Annual report on the working of the mental hospitals in the Madras Presidency - 1912-1932
Year: 1912
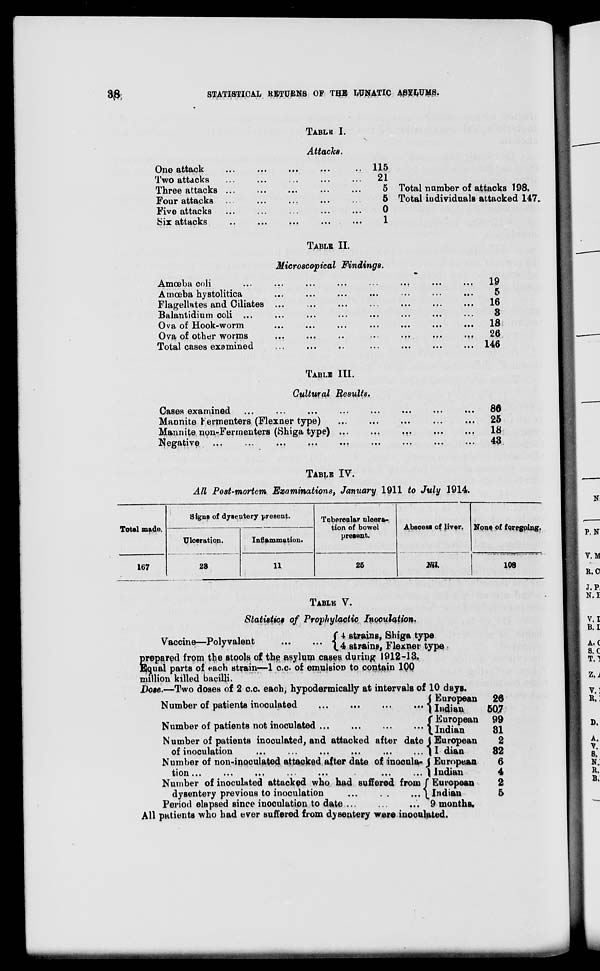
38
STATISTICAL RETURNS OF THE LUNATIC ASYLUMS
TABLE I.
Attacks.
One attack ... ... ... ... ...
Two attacks ... ... ... ... ...
Three attacks ... ... ... ... ...
Four attacks ... ... ... ... ...
Five attacks ... ... ... ... ...
Six attacks ... ... ... ... ...
115
21
5
5
0
1
Total number of attacks 198.
Total individuals attacked 147.
TABLE II.
Microscopical Findings.
Amœba coli
...
...
...
...
...
...
...
...
Amœba hystolitica ... ... ... ... ... ... ... ...
Flagellates and Ciliates ... ... ... ... ... ... ... ...
Balantidium coli ... ... ... ... ... ... ... ...
Ova of Hook-worm ... ... ... ... ... ... ... ...
Ova of other worms ... ... ... ... ... ... ... ...
Total cases examined ... ... ... ... ... ... ... ...
19
5
16
3
18
26
146
TABLE III.
Cultural Results.
Cases examined ...
...
...
...
...
...
...
...
Mannite Fermenters (Flexner type) ... ... ... ... ... ... ...
Mannite non-Fermenters (Shiga type) ... ... ... ... ...
Negative ...
...
...
...
...
...
...
...
...
86
25
18
43
TABLE IV.
All Post-mortem, Examinations, January 1911 to July 1914.
Total made.
167
Signs of dysentery present.
Ulceration.
23
Inflammation.
11
Tubercular ulcera-
tion of bowel
present.
25
Abscess of liver.
Nil.
None of foregoing
108
TABLE V.
Statistics of Prophylactic Inoculation.
Vaccine—Polyvalent
...
...
4 strains, Shiga type
4 strains, Flexner type
p repared from the stools of the asylum cases during 1912-13.
Equal parts of each strain—1 c.c. of emulsion to contain 100
million killed bacilli.
Dose.—Two doses of 2 c.c. each, hypodermically at intervals of 10 days.
Number of patients inoculated
...
...
...
...
Number of patients not inoculated
...
...
...
...
Number of patients inoculated, and attacked after date
of inoculation
...
...
...
...
...
...
Number of non-inoculated attacked after date of inocula-
tion ... ... ... ... ... ...
Number of inoculated attacked who had suffered from
dysentery previous to inoculation
...
...
...
Period elapsed since inoculation to date ... ... ...
European
Indian
European
Indian
European
Indian
European
Indian
European
Indian
9 months.
26
507
99
31
2
32
6
4
2
5
All patients who had ever suffered from dysentery were inoculated.